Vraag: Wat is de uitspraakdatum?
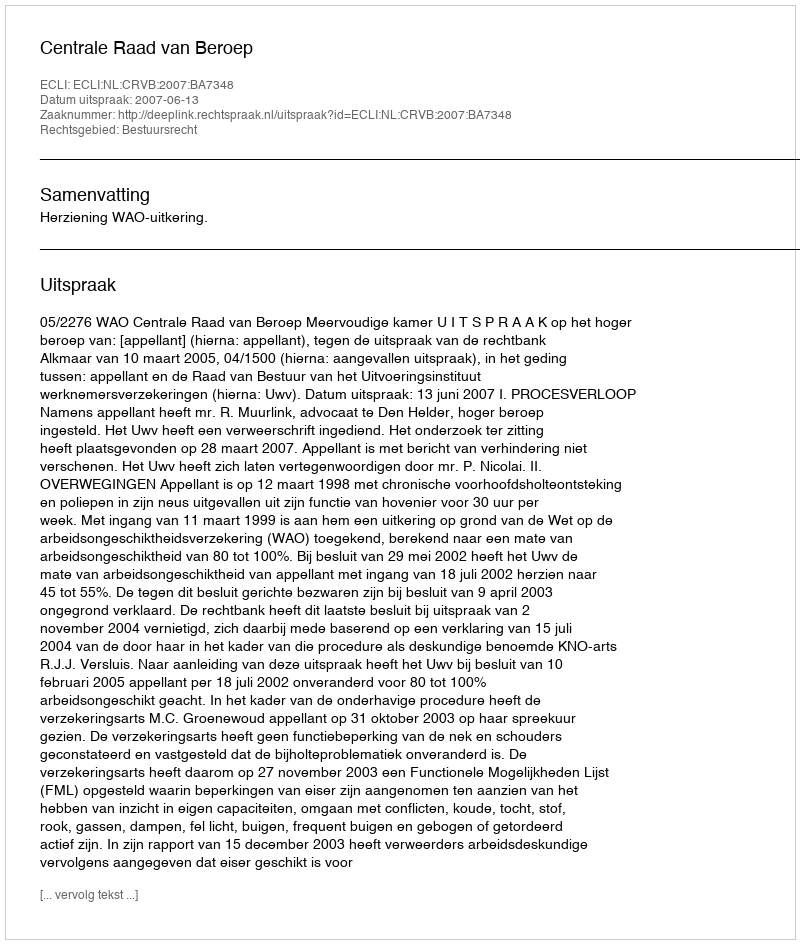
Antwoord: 2007-06-13